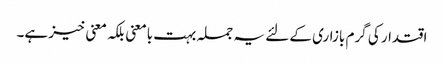
اقتدار کی گرم بازاری کے لئے یہ جملہ بہت بامعنی بلکہ معنی خیز ہے۔